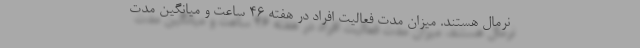
نرمال هستند. میزان مدت فعالیت افراد در هفته ۴۶ ساعت و میانگین مدت